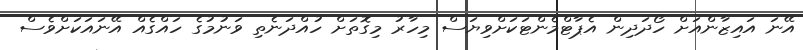
އޭނަ އައިޒާންއަށް ހޯދަދިން އެޕާޓްމެންޓަކަށްވިޔަސް މިހާރު މިގޮތަށް ހުއްދަނެތި ވަނުމުގެ ހައްގެއް އޭނައަކަށްވެސް